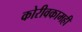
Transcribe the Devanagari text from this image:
कोरीवकामही